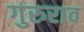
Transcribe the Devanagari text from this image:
गुरुराव